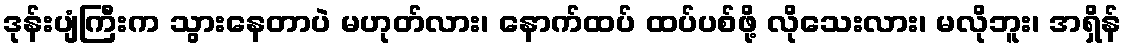
ဒုန်းပျံကြီးက သွားနေတာပဲ မဟုတ်လား၊ နောက်ထပ် ထပ်ပစ်ဖို့ လိုသေးလား၊ မလိုဘူး၊ အရှိန်